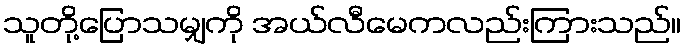
သူတို့ပြောသမျှကို အယ်လီမေကလည်းကြားသည်။